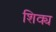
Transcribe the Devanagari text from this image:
शिक्य